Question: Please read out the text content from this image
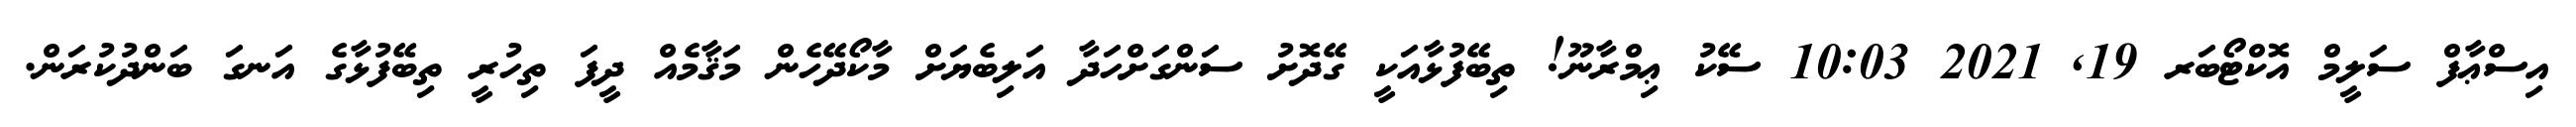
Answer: އިސްޢާފް ސަލީމް އޮކްޓޯބަރ 19, 2021 10:03 ސޭކު ޢިމްރާނޫ! ތިބޭފުޅާއަކީ ގޭދޮށު ސަންގަށްހަދާ އަލިބެޔަށް މާކޯދޭހެން މަޤާމެއް ދީފަ ތިހުރީ ތިބޭފުޅާގެ އަނގަ ބަންދުކުރަން.